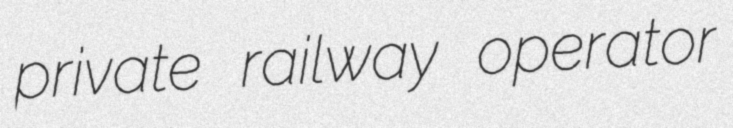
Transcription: private railway operator